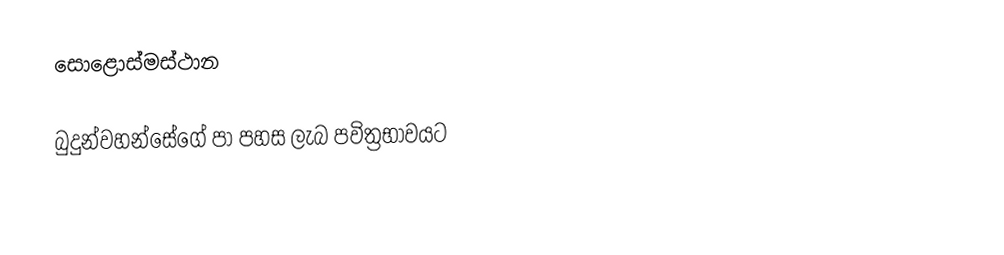
සොළොස්මස්ථාන

බුදුන්වහන්සේගේ පා පහස ලැබ පවිත්‍රභාවයට